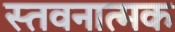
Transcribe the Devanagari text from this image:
स्तवनात्मक